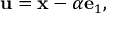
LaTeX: \mathbf { u } = \mathbf { x } - \alpha \mathbf { e } _ { 1 } ,